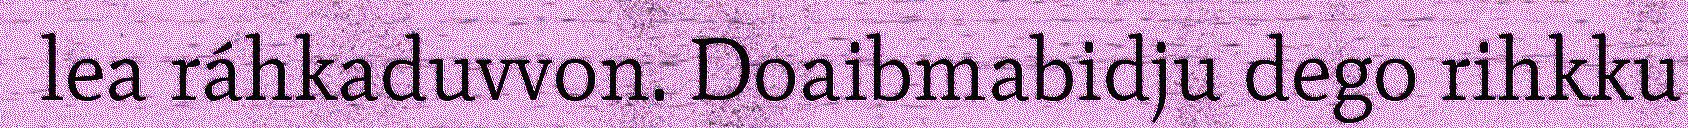
lea ráhkaduvvon. Doaibmabidju dego rihkku